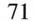
71